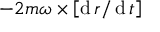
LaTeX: - 2 m { \boldsymbol { \omega } } \times \left[ \operatorname { d } { \boldsymbol { r } } / \operatorname { d } t \right]